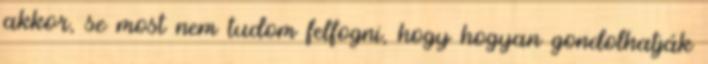
akkor, se most nem tudom felfogni, hogy hogyan gondolhatják